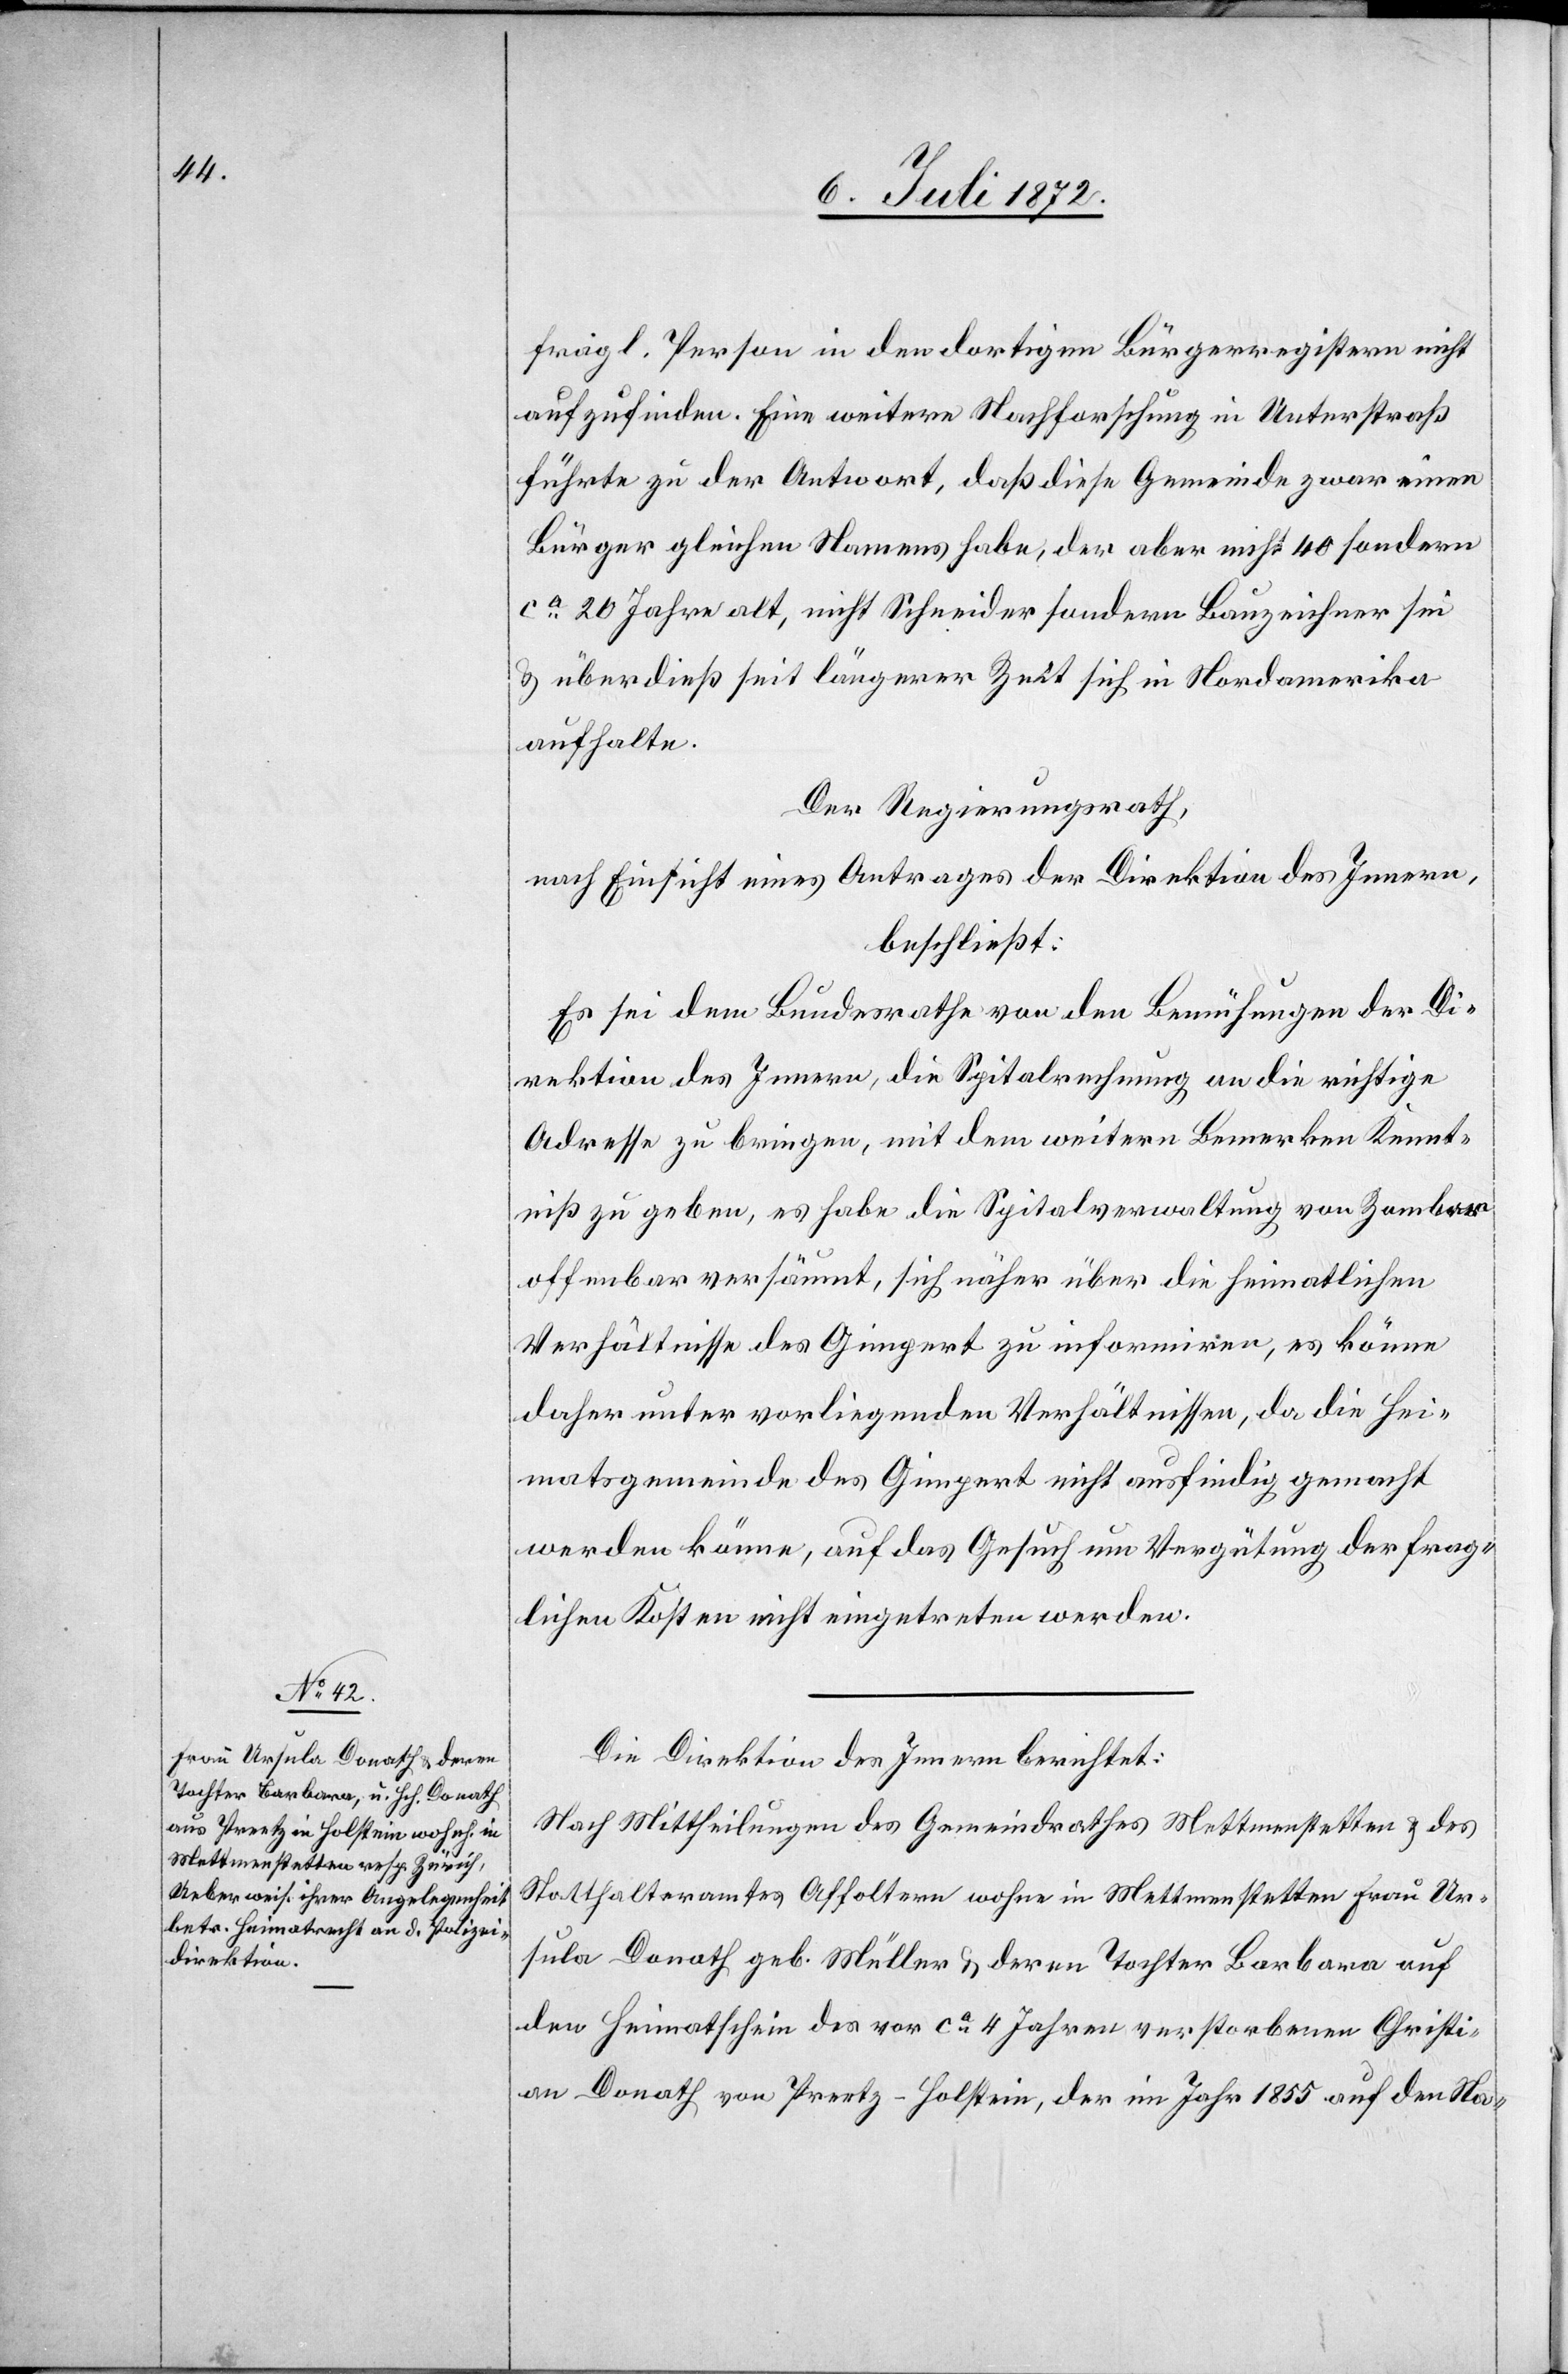
fragl. Person in den dortigen Bürgerregistern nicht
aufzufinden. Eine weitere Nachforschung in Unterstraß
führte zu der Antwort, daß diese Gemeinde zwar einen
Bürger gleichen Namens habe, der aber nicht 40 sondern
ca 20 Jahre alt, nicht Schneider sondern Bauzeichner sei
u. überdieß seit längerer Zeit sich in Nordamerika
aufhalte.
Der Regierungsrath,
nach Einsicht eines Antrages der Direktion des Innern,
beschließt:
Es sei dem Bundesrathe von den Bemühungen der Di¬
rektion des Innern, die Spitalrechnung an die richtige
Adresse zu bringen, mit dem weitern Bemerken Kennt¬
niß zu geben, es habe die Spitalverwaltung von Zombar
offenbar versäumt, sich näher über die heimatlichen
Verhältnisse des Gimpert zu informiren, es könne
daher unter vorliegenden Verhältnissen, da die Hei¬
matsgemeinde des Gimpert nicht ausfindig gemacht
werden könne, auf das Gesuch um Vergütung der frag¬
lichen Kosten nicht eingetreten werden.
Die Direktion des Innern berichtet:
Nach Mittheilungen des Gemeindrathes Mettmenstetten u. des
Statthalteramtes Affoltern wohne in Mettmenstetten Frau Ur¬
sula Donath geb. Müller u. deren Tochter Barbara auf
den Heimathschein des vor ca 4 Jahren verstorbenen Christi¬
an Donath von Preetz-Holstein, der im Jahr 1855 auf den Na-